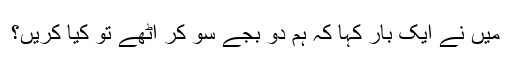
میں نے ایک بار کہا کہ ہم دو بجے سو کر اٹھے تو کیا کریں؟